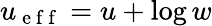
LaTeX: u_{\mathrm{~e~f~f~}}=u+\log w